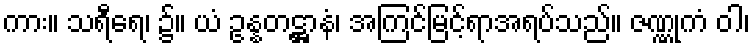
ကား။ သရီရေ၊ ၌။ ယံ ဥန္နတဋ္ဌာနံ၊ အကြင်မြင့်ရာအရပ်သည်။ ဇဏ္ဏုကံ ဝါ၊